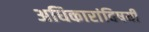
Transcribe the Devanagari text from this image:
अधिकारांविषयी